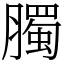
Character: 臅